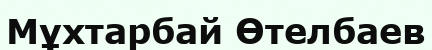
Мұхтарбай Өтелбаев